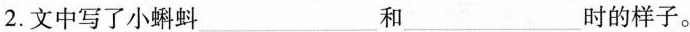
2.文中写了小蝌蚪___和___时的样子。